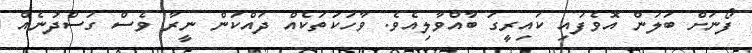
ފޯނަށް ބަލަން އޮވެފައި ކައިރީގަ ބާއްވާލިއެވެ. ވާހަކަތަކެއް ދައްކަން ނީރާ ވެސް ގަސްދުނެއް